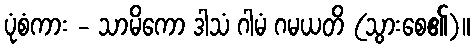
ပုံစံကား - သာမိကော ဒါသံ ဂါမံ ဂမယတိ (သွားစေ၏)။